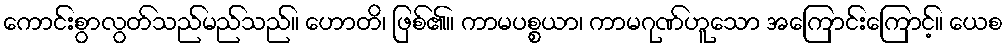
ကောင်းစွာလွတ်သည်မည်သည်။ ဟောတိ၊ ဖြစ်၏။ ကာမပစ္စယာ၊ ကာမဂုဏ်ဟူသော အကြောင်းကြောင့်။ ယေစ